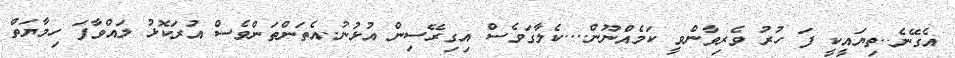
އެގޭނެ..ތިޔައީކީ ފަ ހުރު ވެރިވާންވީ ކަމެއްނޫން....ކެލާގަވެސް އިގިރޭސިން އުޅުނު..އެތަންތަންވެސް އުރަކޮޅު ލައްވާފަ ހިމާޔަތް